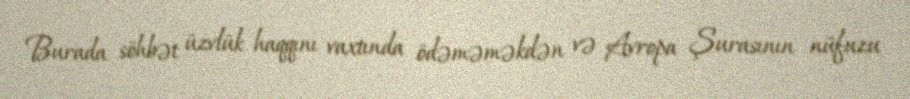
Burada söhbət üzvlük haqqını vaxtında ödəməməkdən və Avropa Şurasının nüfuzu